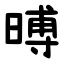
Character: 㬍